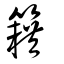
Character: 籍